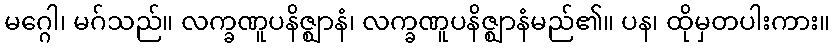
မဂ္ဂေါ၊ မဂ်သည်။ လက္ခဏူပနိဇ္ဈာနံ၊ လက္ခဏူပနိဇ္ဈာနံမည်၏။ ပန၊ ထိုမှတပါးကား။